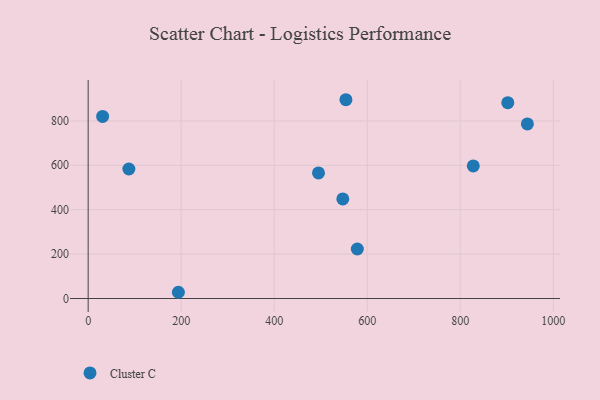
{"axis": {"x": "Speed", "y": "Fuel Efficiency"}, "legend": ["Cluster C"], "data": [{"x": "547.5", "y": 448.6, "type": "Cluster C"}, {"x": "194.0", "y": 28.1, "type": "Cluster C"}, {"x": "554.2", "y": 895.3, "type": "Cluster C"}, {"x": "578.7", "y": 223.1, "type": "Cluster C"}, {"x": "902.2", "y": 882.2, "type": "Cluster C"}, {"x": "944.3", "y": 786.2, "type": "Cluster C"}, {"x": "87.5", "y": 583.2, "type": "Cluster C"}, {"x": "828.0", "y": 597.3, "type": "Cluster C"}, {"x": "495.2", "y": 565.5, "type": "Cluster C"}, {"x": "31.1", "y": 820.0, "type": "Cluster C"}]}